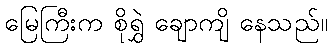
မြေကြီးက စိုရွှဲ ချောကျိ နေသည်။